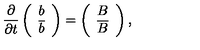
\frac { \partial } { \partial t } \left( \begin{array} { c c } { b } \\ { { \overline { b } } } \\ \end{array} \right) = \left( \begin{array} { c c } { B } \\ { { \overline { B } } } \\ \end{array} \right) ,